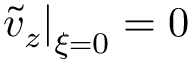
\left. \tilde { v } _ { z } \right| _ { \xi = 0 } = 0